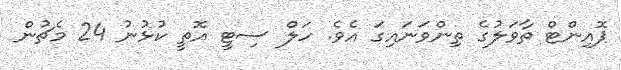
ޕޮއިންޓް ތާވަލުގެ ތިންވަނައިގަ އެވެ. ހަލް ސިޓީ އޮތީ ކުޅުނު 24 މެޗުން